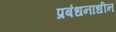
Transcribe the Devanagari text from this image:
प्रबंधनाधीन